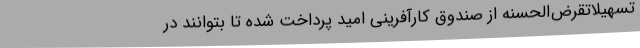
تسهیلاتقرض‌الحسنه از صندوق کارآفرینی امید پرداخت شده تا بتوانند در